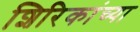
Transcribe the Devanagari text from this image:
शिरिकांच्या